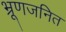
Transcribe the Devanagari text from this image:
भ्रूणजनित